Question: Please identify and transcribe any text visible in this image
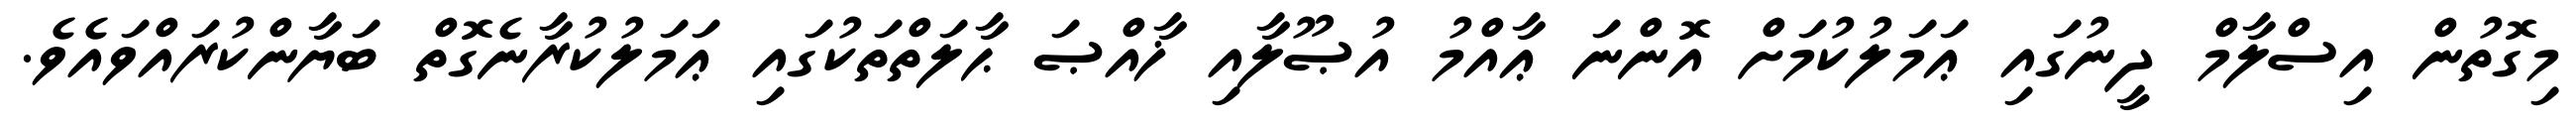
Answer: މިގޮތުން އިސްލާމް ދީނުގައި ޢަމަލުކުމަށް އޮންނަ ޢާއްމު އުޞޫލާއި ޚާއްޞަ ޙާލަތްތަކުގައި ޢަމަލުކުރާނެގޮތް ބަޔާންކުރައްވައެވެ.